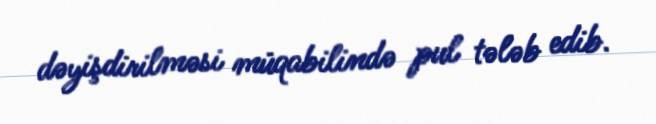
dəyişdirilməsi müqabilində pul tələb edib.